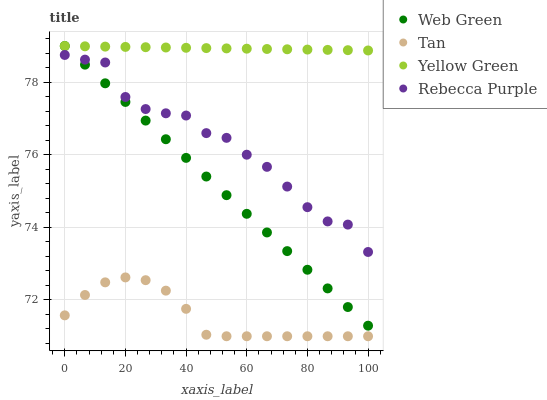
| xaxis_label | Web Green | Tan | Yellow Green | Rebecca Purple |
 | --- | --- | --- | --- | --- |
 | 0 | 79 | 71.6 | 79 | 78.8 |
 | 6.67 | 78.5 | 72.1 | 79 | 78.6 |
 | 13.3 | 78 | 72.5 | 79 | 78.5 |
 | 20 | 77.5 | 72.6 | 79 | 77.6 |
 | 26.7 | 76.9 | 72.5 | 79 | 77.3 |
 | 33.3 | 76.4 | 72.3 | 79 | 77.1 |
 | 40 | 75.9 | 71.8 | 79 | 77.1 |
 | 46.7 | 75.4 | 71 | 78.9 | 76.6 |
 | 53.3 | 74.9 | 71 | 78.9 | 76.5 |
 | 60 | 74.4 | 71 | 78.9 | 76 |
 | 66.7 | 73.9 | 71 | 78.9 | 75.7 |
 | 73.3 | 73.3 | 71 | 78.9 | 75.1 |
 | 80 | 72.8 | 71 | 78.9 | 74.6 |
 | 86.7 | 72.3 | 71 | 78.9 | 74.2 |
 | 93.3 | 71.8 | 71 | 78.9 | 74.1 |
 | 100 | 71.3 | 71 | 78.9 | 73.3 |